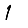
Digit: 1